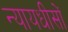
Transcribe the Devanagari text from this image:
न्यायधीसों